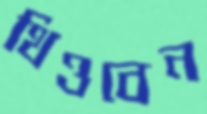
থিওবেন